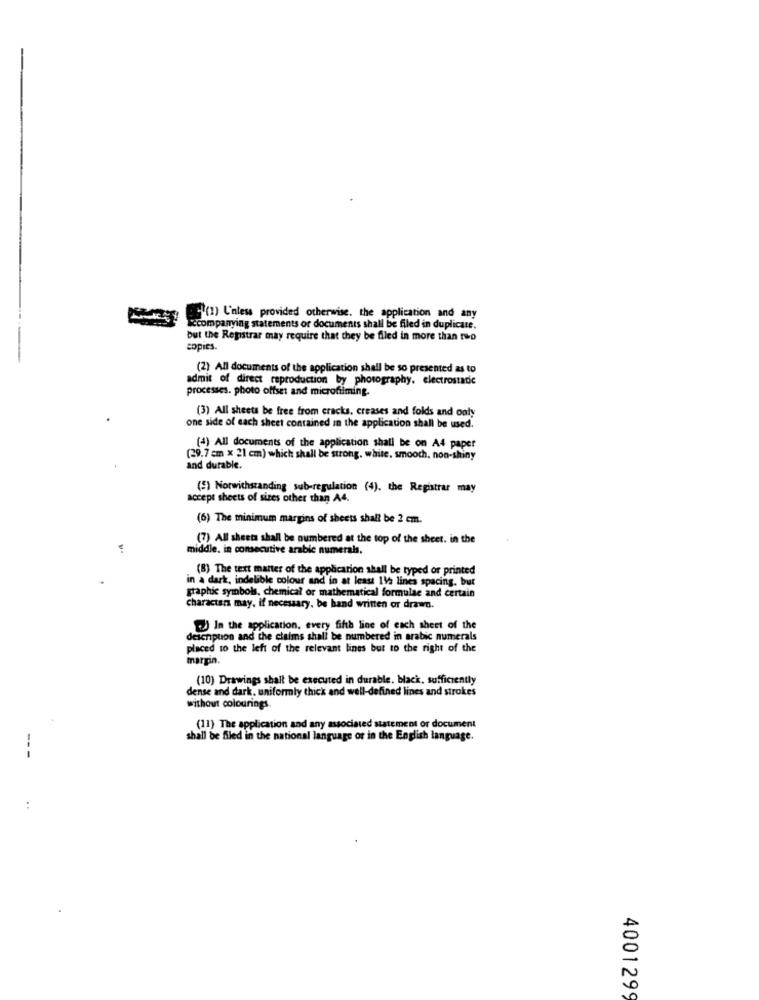
y () Unless provided otherwise. the application and any
companying statements or documents shall be filed in duplicate.
but the Registrar may require that they be filed in more than two
copies.
(2) All documents of the application shall be so presented as to
admit of direct reproduction by photography. electrostadie
processes. photo offset and microftiming.
(3) All sheets be free from cracks, creases and folds and only
one side of each sheet contained in the application shall be used.
(4) All documents of the application shall be on A4 paper
(29.7 cm x 21 cm) which shall be strong, white, smooth, non-shiny
and durable.
(5) Notwithstanding sub-regulation (4). the Registrar may
accept sheets of sizes other than A4.
(6) The minimum margins of sheets shall be 2 cm.
(7) All sheets shall be numbered at the top of the sheet. in the
middle, in consecutive arabic numerals,
(8) The text manter of the application shall be typed or printed
in a dark, indelible colour and in at least 1Va lines spacing, but
graphic symbols, chemical or mathematical formulae and certain
characters may. if necessary, be hand written or drawn.
In the application, every fifth line of each sheet of the
description and the claims shall be numbered in arabic numerals
placed to the left of the relevant lines but to the right of the
margin.
(10) Drawings shall be executed in durable. black, sufficiently
dense and dark, uniformly thick and well-defined lines and strokes
without colourings
(11) The application and any associated statement or document
shall be filed in the national language or in the English language.
--
400129